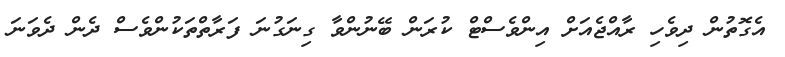
އެގޮތުން ދިވެހި ރާއްޖެއަށް އިންވެސްޓް ކުރަން ބޭނުންވާ ގިނަގުނަ ފަރާތްތަކުންވެސް ދެން ދެވަނަ